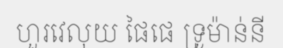
ហួរវេលុយ ផៃផេ ទ្រូម៉ាន់នី